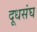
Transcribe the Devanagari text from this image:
दूधसंघ